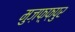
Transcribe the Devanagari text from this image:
मुज़फ़्फ़पुर